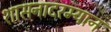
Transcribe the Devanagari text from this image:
शासनादरम्यान